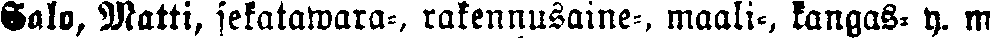
Salo, Matti, sekatawara-, rakennusaine-, maali-, kangas- y. m